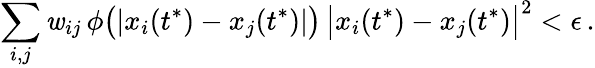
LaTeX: \sum_{i,j}\mathit{w}_{ij}\, \phi\big(|x_{i}(t^{*})-x_{j}(t^{*})|\big)\, \big|x_{i}(t^{*})-x_{j}(t^{*})\big|^{2}<\epsilon\, .